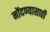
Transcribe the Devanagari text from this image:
नोंदण्यासाठी